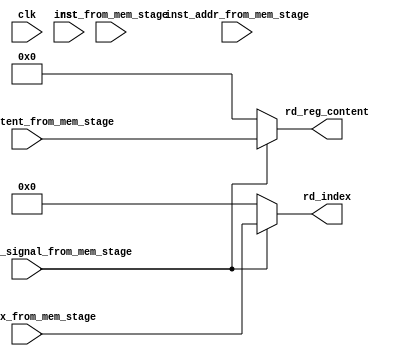
module writeback_unit(
		input clk,
		input rst,
		input regfile_write_signal_from_mem_stage,
		input[4:0] rd_index_from_mem_stage,
		input[31:0] inst_from_mem_stage,
		input[31:0] inst_addr_from_mem_stage,
		input[31:0] rd_reg_content_from_mem_stage,
		output[4:0] rd_index,
		output[31:0] rd_reg_content
);

reg[4:0] rd_index_reg;
reg[31:0] rd_reg_content_reg;

always @(*)begin
	if(regfile_write_signal_from_mem_stage)begin
		rd_index_reg = rd_index_from_mem_stage;
		rd_reg_content_reg = rd_reg_content_from_mem_stage;
	end
	else begin
		rd_index_reg = 5'd0;
		rd_reg_content_reg = 32'd0;
	end
end

assign rd_index = rd_index_reg;
assign rd_reg_content = rd_reg_content_reg;

endmodule